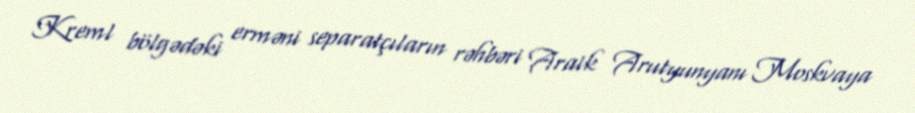
Kreml bölgədəki erməni separatçıların rəhbəri Araik Arutyunyanı Moskvaya